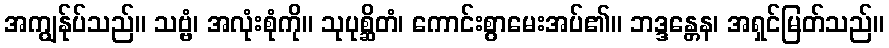
အကျွန်ုပ်သည်။ သဗ္ဗံ၊ အလုံးစုံကို။ သုပုစ္ဆိတံ၊ ကောင်းစွာမေးအပ်၏။ ဘဒ္ဒန္တေန၊ အရှင်မြတ်သည်။